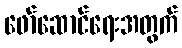
ဖော်ဆောင်ရေးအတွက်